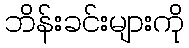
ဘိန်းခင်းများကို